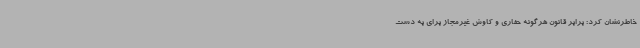
خاطرنشان کرد: برابر قانون هرگونه حفاری و کاوش غیرمجاز برای به دست